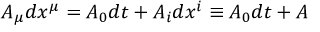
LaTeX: A _ { \mu } d x ^ { \mu } = A _ { 0 } d t + A _ { i } d x ^ { i } \equiv A _ { 0 } d t + A